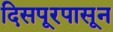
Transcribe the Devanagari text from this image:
दिसपूरपासून